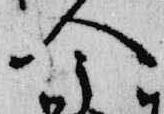
今